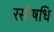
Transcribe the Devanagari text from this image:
रसौषधि